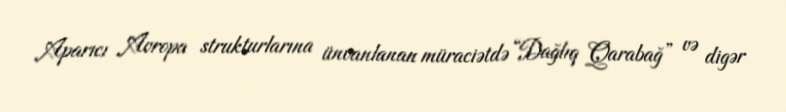
Aparıcı Avropa strukturlarına ünvanlanan müraciətdə “Dağlıq Qarabağ” və digər